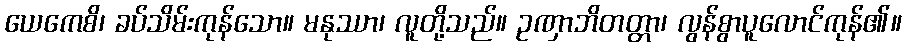
ယေကေစိ၊ ခပ်သိမ်းကုန်သော။ မနုဿာ၊ လူတို့သည်။ ဥဏှာဘိတတ္တာ၊ လွန်စွာပူလောင်ကုန်၏။